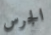
الجرس